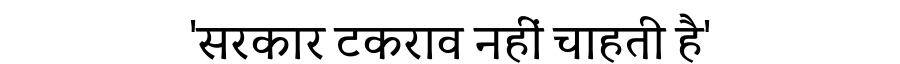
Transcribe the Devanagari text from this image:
'सरकार टकराव नहीं चाहती है'